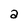
Character: a